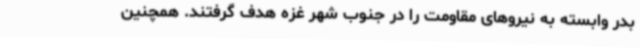
بدر وابسته به نیروهای مقاومت را در جنوب شهر غزه هدف گرفتند. همچنین